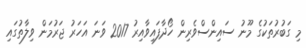
މި ގަބުރުތަކުގެ މޫނު ސައިންސްވެރިން ހޯދާފައިވާއިރު 2017 ވަނަ އަހަރު ޖަރުމަން ވިލާތުގައި